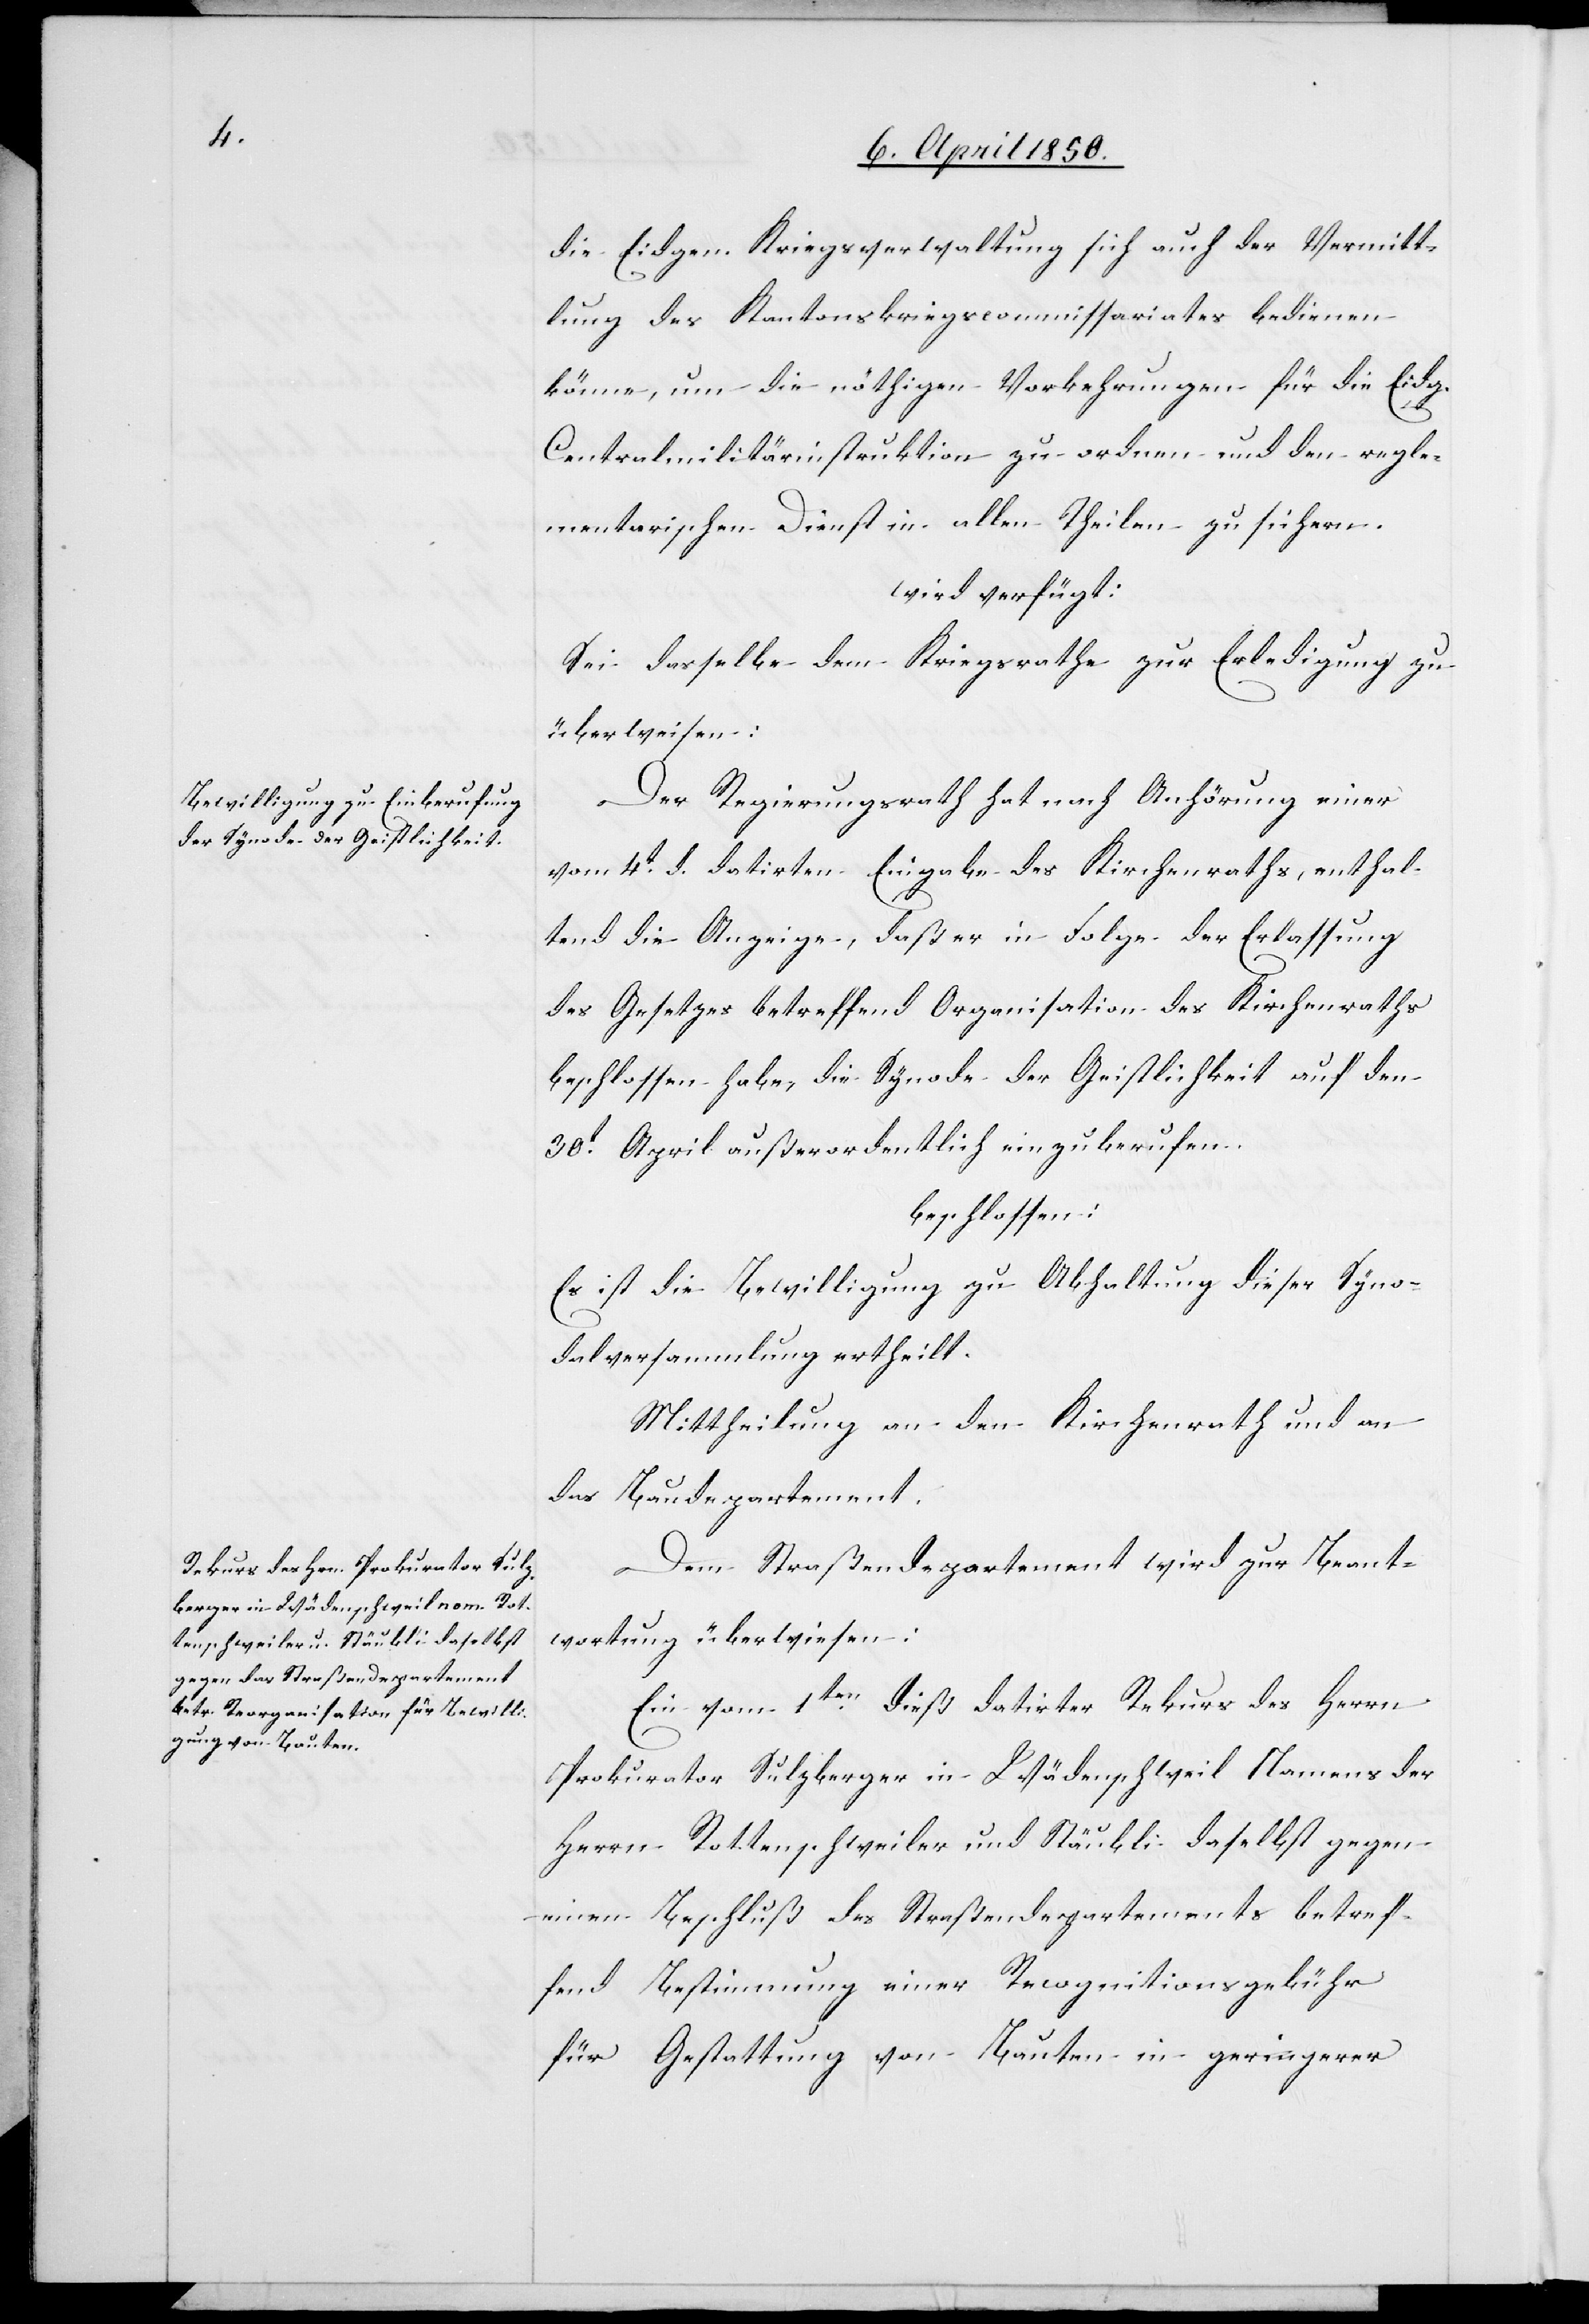
die Eidgen. Kriegsverwaltung sich auch der Vermitt¬
lung des Kantonskriegscommissariates bedienen
könne, um die nöthigen Vorkehrungen für die Eidg.
Centralmilitärinstruktion zu ordnen und den regle¬
mentarischen Dienst in allen Theilen zu sichern.
wird verfügt:
Sei dasselbe dem Kriegsrathe zur Erledigung zu
überweisen:
Der Regierungsrath hat nach Anhörung einer
vom 4t. d. datirten Eingabe des Kirchenraths, enthal¬
tend die Anzeige, daß er in Folge der Erlassung
des Gesetzes betreffend Organisation des Kirchenraths
beschlossen habe, die Synode der Geistlichkeit auf den
30t April außerordentlich einzuberufen.
beschlossen:
Es ist die Bewilligung zu Abhaltung dieser Syno¬
dalversammlung ertheilt.
Mittheilung an den Kirchenrath und an
das Baudepartement.
Dem Straßendepartement wird zur Beant¬
wortung überwiesen:
Ein vom 1ten dieß datirter Rekurs des Herrn
Prokurator Sulzberger in Wädenschweil Namens der
Herrn Rottenschweiler und Stäubli daselbst gegen
einen Beschluß des Straßendepartements betref¬
fend Bestimmung einer Recognitionsgebühr
für Gestattung von Bauten in geringerer